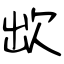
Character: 欪